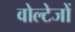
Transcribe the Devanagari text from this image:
वोल्टेजों